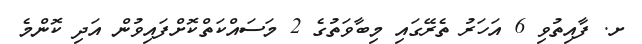
ށ. ފާއިތުވި 6 އަހަރު ތެރޭގައި މިބާވަތުގެ 2 މަސައްކަތްކޮށްފައިވުން އަދި ކޮންމެ